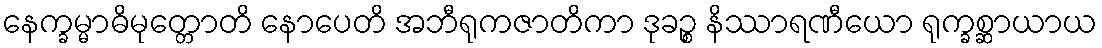
နေက္ခမ္မာဓိမုတ္တောတိ နောပေတိ အဘီရုကဇာတိကာ ဒုခဉ္စ နိဿာရဏီယော ရုက္ခစ္ဆာယာယ